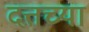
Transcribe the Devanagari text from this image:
दत्तच्या